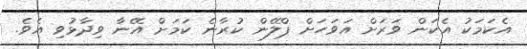
އެކަމަކު އެކަން ވަަރަށް އަވަހަށް ޕްލޭން ކުރާނެ ކަމަށް އޭނާ ވިދާޅުވި އެވެ.